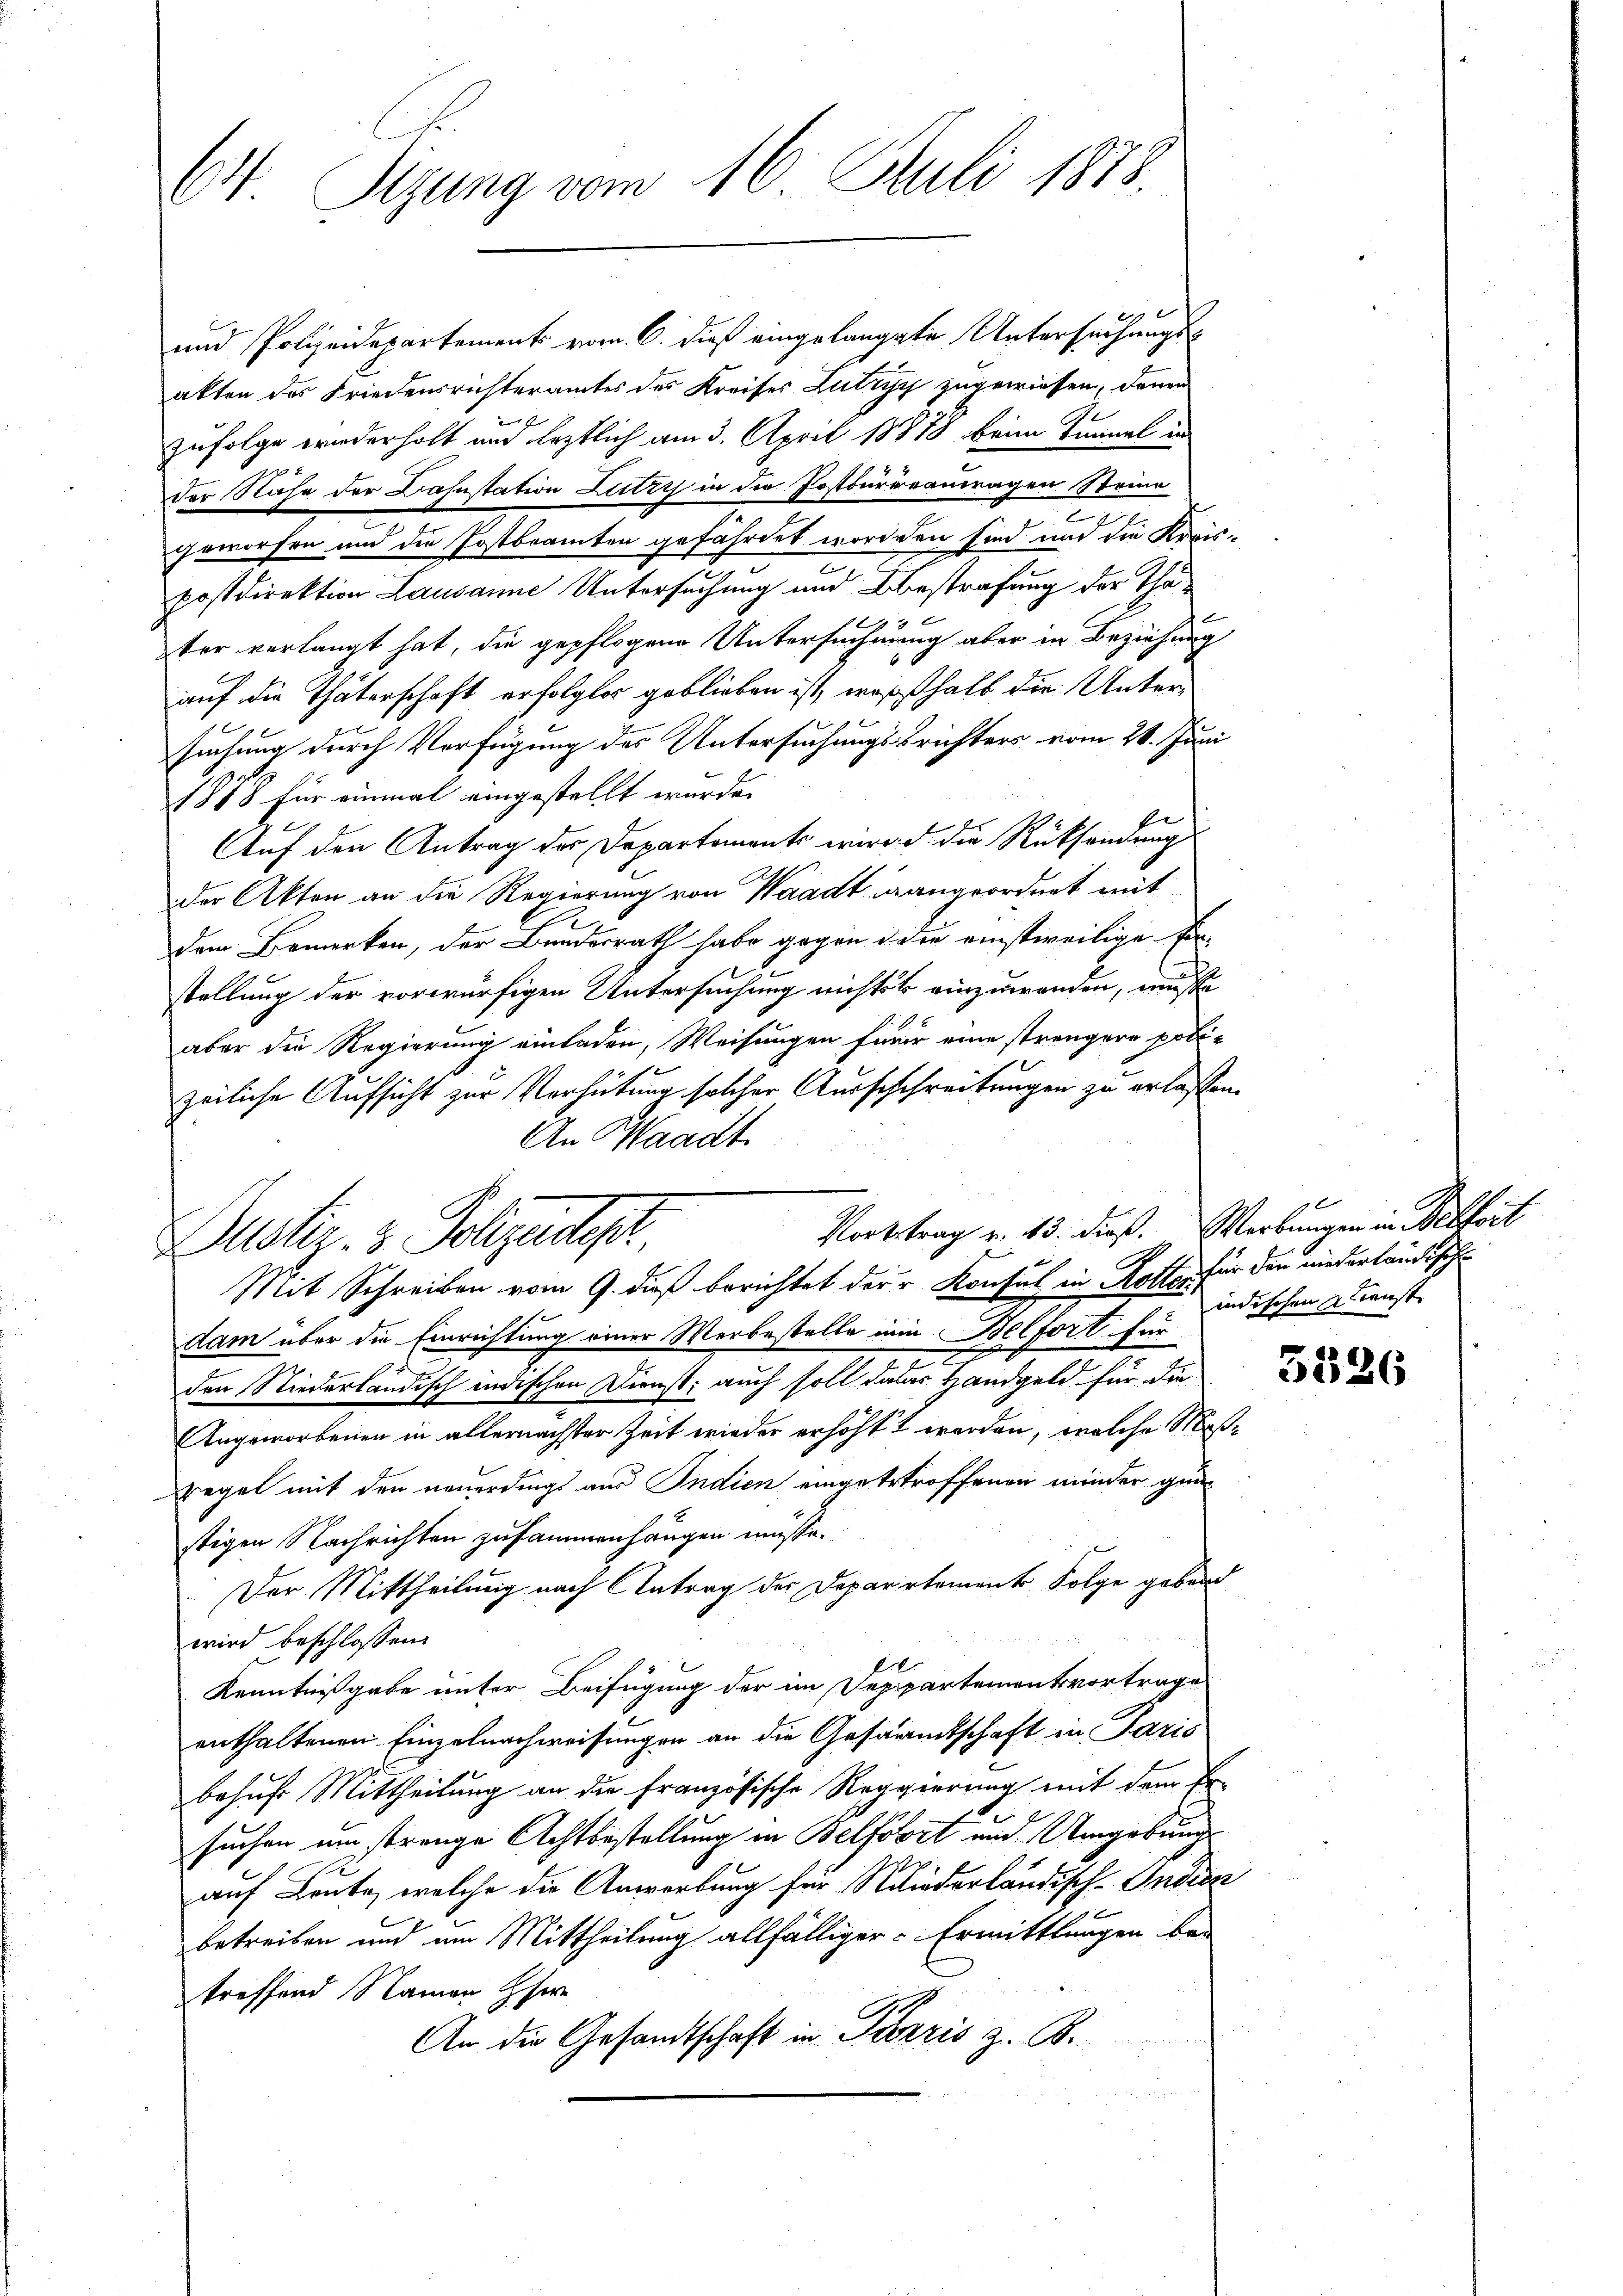
64 Sizung vom 16. Juli 1873

und Polizeidepartements vom 6. dieß eingelangte Untersuchungsakten des Friedensrichteramtes des Kreises Lutryy zugewiesen, denen
zufolge wiederholt und leztlich am 3. April 18878 beim Tunnel in
der Nähe der Cahnstation Lutryj in die Postbureantragen Steine
I
geworfen und die Postbeamten gefährdet worden sind und die Kraispostdirektion Lausanne Untersuchung und bestrafung der Tha¬
9
ter verlangt hat, die gepflogene Untersuchnung aber in Beziehung
auf die Thäterschaft erfolglos geblieben ist, weßhalb die Untersuchung durch Verfügung des Untersuchungsprichters vom 28. Juni
1888 für einmal eingestellt wurde.
Auf den Antrag der Departements wird. d. die Rücksendung
der Akten an die Regierung von Waadt gangeordnet mit
dem Bemerken, der Bundesrath habe gegen die einstweilige Einstellung der vorwürfigen Untersuchung nichts einzuwenden, müsse
aber die Regierung einladen, Weisungen furir eine strengere polizeiliche Aufsicht zur Verhütung solcher Ausschchreitungen zu erlassen.
An Waadt.
Kortstrag v. 13. dieß. Werbungen in Belfort
Justiz- & Polizeidigt
Mit Schreiben vom 9. dieß berichtet der u Konsul in Rottes für den niederländisch
dam über die Einrichtung einer Werbestelle ein Belfort für
den Stiederländisch indischen Dienst; auch soll datar Handgeld für die
Angeworbenen in allernächster Zeit wieder erhöht werden, welche Maßregel mit den neuerdings aus Indien eingetrtroffenen minder günstigen Nachrichten zusammenhängen müsse.
Der Mittheilung nach Antrag der Departement Folge gebend
wird beschlossen:
Kenntnißgabe unter Beifügung der im Deppartementsvortrage
enthaltenen Einzelnachweisungen an die Gesammtschaft in Paris
behufs Mittheilung an die französische Reggierung mit dem Er-
suchen um strenge Achtbestellung in Belfobort und Umgebung
auf Leute, welche die Anwerbung für Niederländisch-Indien
betreiben und am Mittheilung allfälliger Ermittlungen be-
treffend Namen Ehe
An die Gesandtschaft in Paris z. B.

90
indischen Dienst

5526